Annual vaccination report of Bihar and Orissa - 1911-1928
Year: 1911
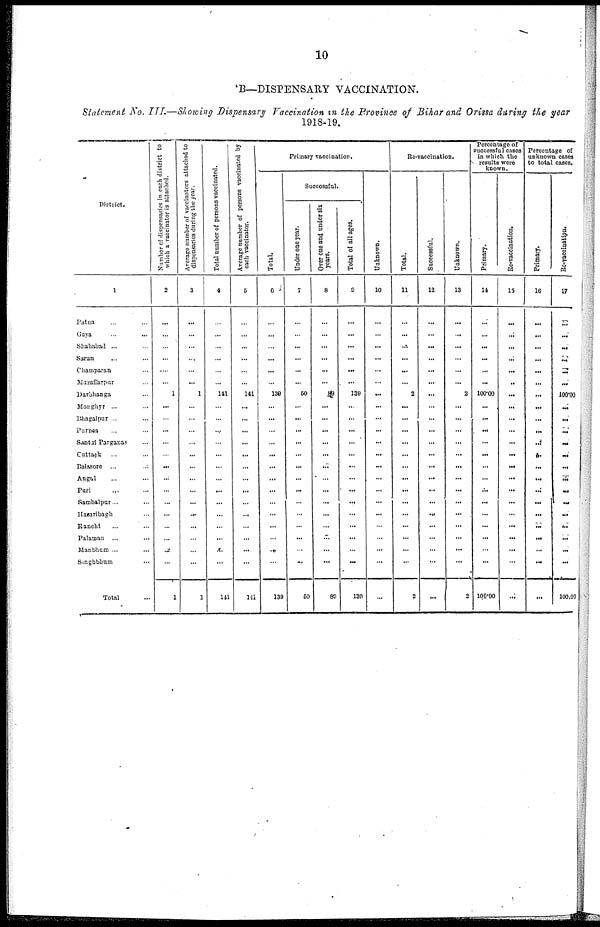
10
B—DISPENSARY VACCINATION.
Statement No. III.—Showing Dispensary Vaccination in the Province of Bihar and Orissa during the year
1918-19.
District.
1
Patna... ... ...
Gaya... ... ...
Shahabad ... ... ...
Saran... ... ...
Champaran... ... ...
Muzaffarpur... ...
Darbhanga... ...
Monghyr... ...
Bhagalpur ...
Purnea... ... ...
Santal Parganas... ...
Cuttack... ...
Balasore... ... ...
Angul... ... ...
Puri... ...
Sambalpur...
Hazaribagh... ...
Ranchi... ...
Palamau... ... ...
Manbhum... ... ...
Singhbhum... ...
Total...
Number of dispensaries in each district to
which a vaccinator is attached.
2
...
...
...
...
...
...
1
...
...
...
...
...
...
...
...
...
...
...
...
...
...
1
Average number of vaccinators attached to
dispensaries during the year.
3
...
...
...
...
...
...
1
...
...
...
...
...
...
...
...
...
...
...
...
...
...
1
Total number of persons vaccinated.
4
...
...
...
...
...
...
141
...
...
...
...
...
...
...
...
...
...
...
...
...
...
141
Average number of persons vaccinated by
each vaccinator.
5
...
...
...
...
...
...
141
...
...
...
...
...
...
...
...
...
...
...
...
...
...
141
Primary vaccination.
Total.
6
...
...
...
...
...
...
139
...
...
...
...
...
...
...
...
...
...
...
...
...
...
139
Successful.
Under one year.
7
...
...
...
...
...
...
50
...
...
...
...
...
...
...
...
...
...
...
...
...
...
50
Over one and under six
years.
8
...
...
...
...
...
...
89
...
...
...
...
...
...
...
...
...
...
...
...
...
...
89
Total of all ages.
9
...
...
...
...
...
...
139
...
...
...
...
...
...
...
...
...
...
...
...
...
...
139
Unknown.
10
...
...
...
...
...
...
...
...
...
...
...
...
...
...
...
...
...
...
...
...
...
...
Re-vaccination.
Total.
11
...
...
...
...
...
...
2
...
...
...
...
...
...
...
...
...
...
...
...
...
...
2
Successful.
12
...
...
...
...
...
...
...
...
...
...
...
...
...
...
...
...
...
...
...
...
...
...
Unknown.
13
...
...
...
...
...
...
2
...
...
...
...
...
...
...
...
...
...
...
...
...
...
2
Percentage of
successful cases
in which the
results were
known.
Primary.
14
...
...
...
...
...
...
100.00
...
...
...
...
...
...
...
...
...
...
...
...
...
...
100.00
Re-vaccination.
15
...
...
...
...
...
..
...
...
...
...
...
...
...
...
...
...
...
...
...
...
...
...
Percentage of
unknown cases
to total cases.
Primary.
16
...
...
...
...
...
...
...
...
...
...
...
...
...
...
...
...
...
...
...
...
...
...
Re-vaccination.
17
...
...
...
...
...
...
100.00
...
...
...
...
...
...
...
...
...
...
...
...
...
...
100.00